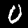
Digit: 0